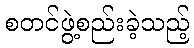
စတင်ဖွဲ့စည်းခဲ့သည့်